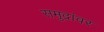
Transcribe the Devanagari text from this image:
समुद्रांवर